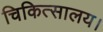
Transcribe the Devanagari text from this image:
चिकित्सालय।